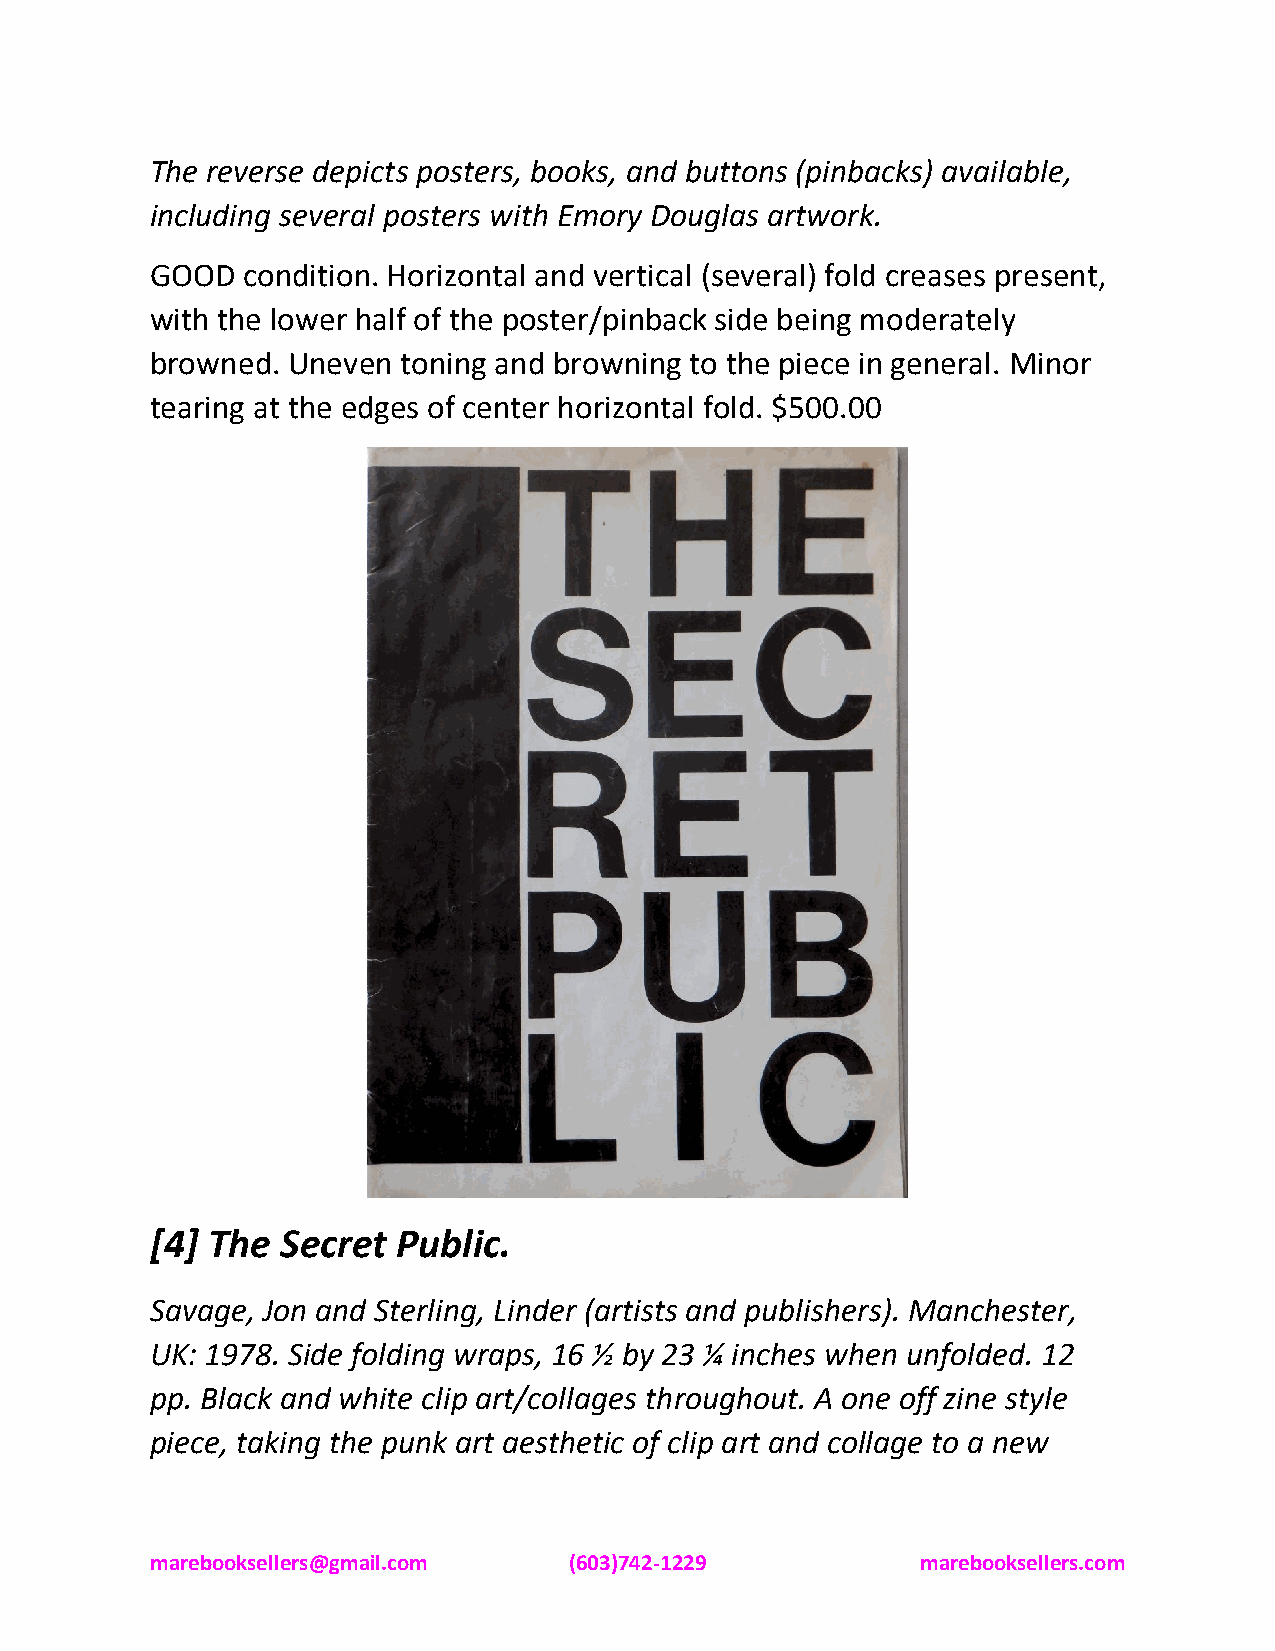
The reverse depicts posters, books, and buttons (pinbacks) available,
 including several posters with Emory Douglas artwork.
 GOOD  condition. Horizontal and vertical (several) fold creases present,
 with the lower half of the poster/pinback side being moderately
 browned. Uneven  toning and browning to the piece in general. Minor
 tearing at the edges of center horizontal fold. $500.00
 [4] The  Secret Public.
 Savage, Jon and Sterling, Linder (artists and publishers). Manchester,
 UK: 1978. Side folding wraps, 16 ½ by 23 ¼ inches when unfolded. 12
 pp. Black and white clip art/collages throughout. A one off zine style
 piece, taking the punk art aesthetic of clip art and collage to a new
 marebooksellers@gmail.com   (603)742-1229          marebooksellers.com